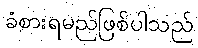
ခံစားရမည်ဖြစ်ပါသည်